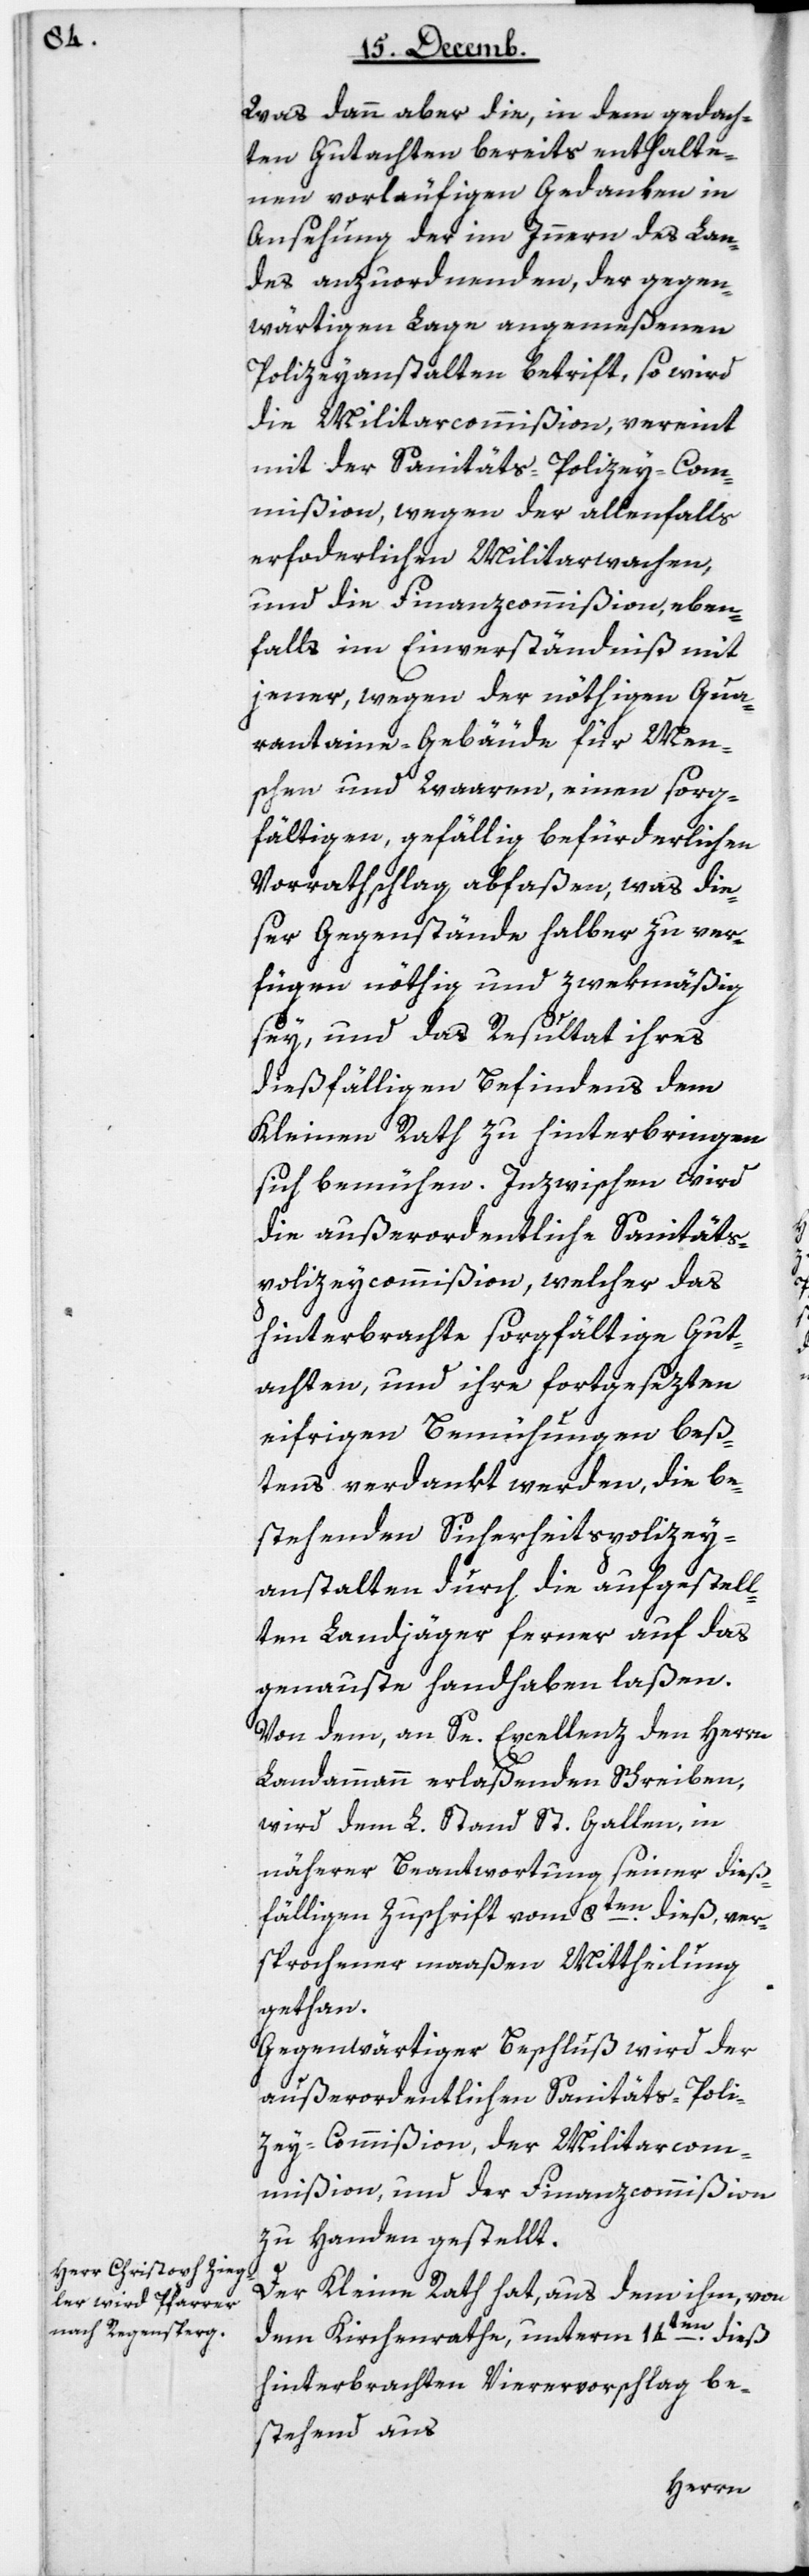
Was dann aber die, in dem gedach¬
ten Gutachten bereits enthalte¬
nen vorläufigen Gedanken in
Ansehung der im Innern des Lan¬
des anzuordnenden, der gegen¬
wärtigen Lage angemeßenen
Polizeyanstalten betrift, so wird
die Militaircommißion, vereint
mit der Sanitäts-Polizey-Com¬
mißion , wegen der allenfalls
erforderlichen Militarwachen,
und die Finanzcommißion, eben¬
falls im Einverständniß mit
jener, wegen der nöthigen Qua¬
rantaine-Gebäude für Men¬
schen und Waaren, einen sorg¬
fältigen, gefällig befürderlichen
Vorrathschlag abfaßen, was die¬
ser Gegenstände halber zu ver¬
fügen nöthig und zwekmäßig
sey, und das Resultat ihres
dießfälligen Befindens dem
Kleinen Rath zu hinterbringen
sich bemühen. Inzwischen wird
die außerordentliche Sanitäts-P¬
olizey-Commißion, welcher das
hinterbrachte sorgfältige Gut¬
achten, und ihre fortgesezten
eifrigen Bemühungen bes¬
tens verdankt werden, die be¬
stehenden Sicherheits-Polizey¬
anstalten durch die aufgestell¬
ten Landjäger ferner auf das
genaueste handhaben laßen.
Von dem, an Se Excellenz den Herrn
Landammann erlaßenden Schreiben,
wird dem L. Stand St. Gallen, in
näherer Beantwortung seiner dieß¬
fälligen Zuschrift vom 8ten dieß, ver¬
sprochener maaßen Mittheilung
gethan.
Gegenwärtiger Beschluß wird der
außerordentlichen Sanitäts-Poli¬
zey-Commißion, der Militarcom¬
mißion und der Finanzcommißion
zu Handen gestellt.
Der Kleine Rath hat aus dem von
dem Kirchenrathe, unterm 14ten dieß
hinterbrachten Vierervorschlag, be¬
stehend aus